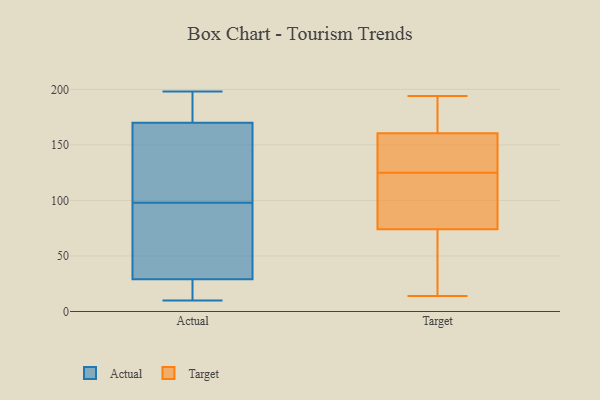
{"axis": {"x": "Website Visitors", "y": "Value"}, "legend": ["Actual", "Target"], "data": [{"x": "", "y": 198, "type": "Actual"}, {"x": "", "y": 70, "type": "Actual"}, {"x": "", "y": 20, "type": "Actual"}, {"x": "", "y": 175, "type": "Actual"}, {"x": "", "y": 85, "type": "Actual"}, {"x": "", "y": 172, "type": "Actual"}, {"x": "", "y": 41, "type": "Actual"}, {"x": "", "y": 29, "type": "Actual"}, {"x": "", "y": 118, "type": "Actual"}, {"x": "", "y": 173, "type": "Actual"}, {"x": "", "y": 131, "type": "Actual"}, {"x": "", "y": 23, "type": "Actual"}, {"x": "", "y": 10, "type": "Actual"}, {"x": "", "y": 170, "type": "Actual"}, {"x": "", "y": 139, "type": "Actual"}, {"x": "", "y": 110, "type": "Actual"}, {"x": "", "y": 86, "type": "Actual"}, {"x": "", "y": 22, "type": "Actual"}, {"x": "", "y": 98, "type": "Target"}, {"x": "", "y": 154, "type": "Target"}, {"x": "", "y": 16, "type": "Target"}, {"x": "", "y": 183, "type": "Target"}, {"x": "", "y": 44, "type": "Target"}, {"x": "", "y": 84, "type": "Target"}, {"x": "", "y": 18, "type": "Target"}, {"x": "", "y": 179, "type": "Target"}, {"x": "", "y": 155, "type": "Target"}, {"x": "", "y": 14, "type": "Target"}, {"x": "", "y": 124, "type": "Target"}, {"x": "", "y": 127, "type": "Target"}, {"x": "", "y": 125, "type": "Target"}, {"x": "", "y": 140, "type": "Target"}, {"x": "", "y": 113, "type": "Target"}, {"x": "", "y": 194, "type": "Target"}, {"x": "", "y": 177, "type": "Target"}]}